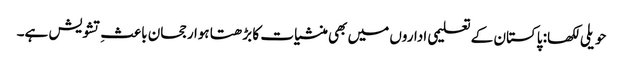
حویلی لکھا: پاکستان کے تعلیمی اداروں میں بھی منشیات کا بڑھتا ہوا رجحان باعثِ تشویش ہے۔